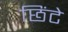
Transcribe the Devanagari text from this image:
छिंटे